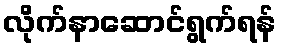
လိုက်နာဆောင်ရွက်ရန်